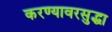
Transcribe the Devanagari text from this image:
करण्यावरसुद्धा